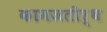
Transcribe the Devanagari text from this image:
कामजतीर्थ